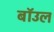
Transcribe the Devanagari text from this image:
बॉउल